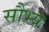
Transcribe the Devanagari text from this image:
सौभ्य